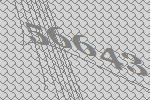
56643